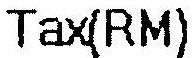
TAX(RM)